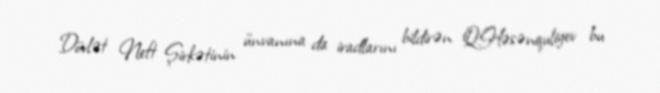
Dövlət Neft Şirkətinin ünvanına da iradlarını bildirən Q.Həsənquliyev bu